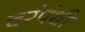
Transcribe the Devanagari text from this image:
चरंपंथी